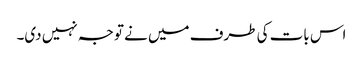
اس بات کی طرف میں نے توجہ نہیں دی۔